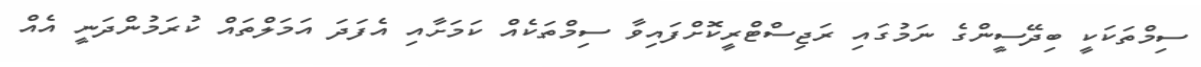
ސިމްތަކަކީ ބިދޭސީންގެ ނަމުގައި ރަޖިސްޓްރީކޮށްފައިވާ ސިމްތަކެއް ކަމަށާއި އެފަދަ އަމަލްތައް ކުރަމުންދަނީ އެއް